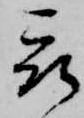
被